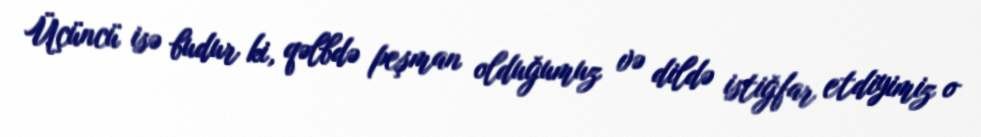
Üçüncü isə budur ki, qəlbdə peşman olduğumuz və dildə istiğfar etdiyimiz o